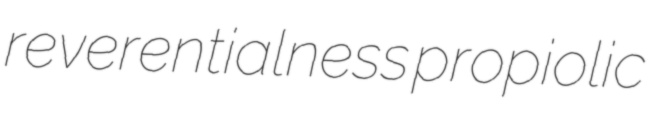
reverentialness propiolic